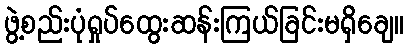
ဖွဲ့စည်းပုံရှုပ်ထွေးဆန်းကြယ်ခြင်းမရှိချေ။